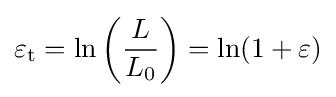
\varepsilon _{\mathrm {t} }=\ln \left({\frac {L}{L_{0}}}\right)=\ln(1+\varepsilon )